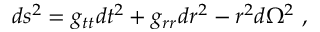
d s ^ { 2 } = g _ { t t } d t ^ { 2 } + g _ { r r } d r ^ { 2 } - r ^ { 2 } d \Omega ^ { 2 } \ ,